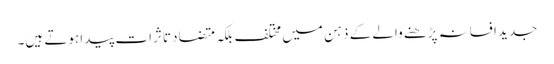
جدید افسانہ پڑھنے والے کے ذہن میں مختلف بلکہ متضاد تاثرات پیدا ہوتے ہیں۔